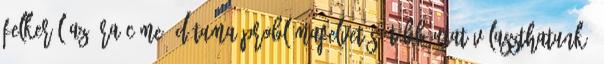
felkerül az óra címe, dátuma Problémafelvetés: több utat választhatunk.